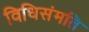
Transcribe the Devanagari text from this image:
विधिसंमति